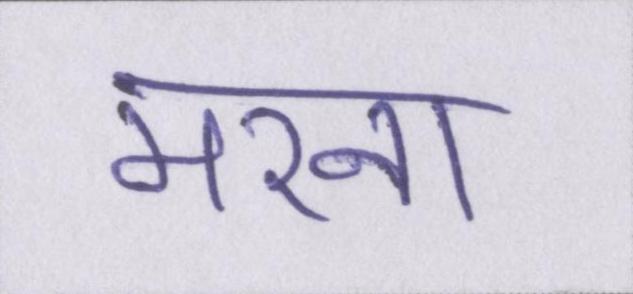
मरना